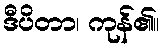
ဒီပိတာ၊ ကုန်၏။